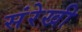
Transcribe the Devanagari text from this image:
संरेखी